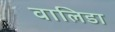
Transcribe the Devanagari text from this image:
वालिडा